King Institute of Preventive Medicine Micro-Biological Section reports 1909-11
Year: 1909
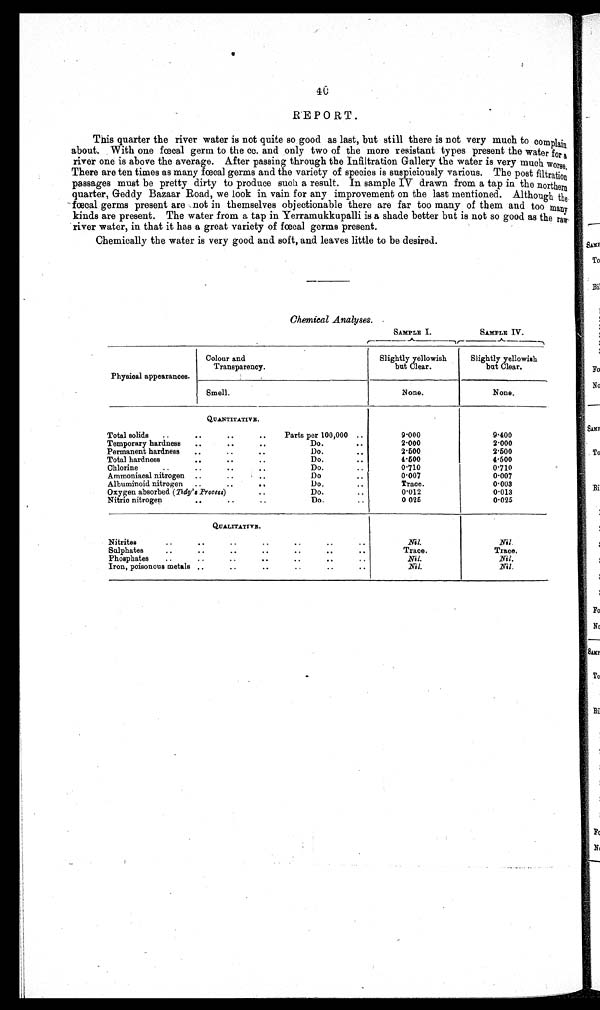
40
REPORT.
This quarter the river water is not quite so good as last, but still there is not very much to complain
about. With one fœcal germ to the cc. and only two of the more resistant types present the water for a
river one is above the average. After passing through the Infiltration Gallery the water is very much worse.
There are ten times as many fœcal germs and the variety of species is suspiciously various. The post filtration
passages must be pretty dirty to produce such a result. In sample IV drawn from a tap in the northern
quarter, Geddy Bazaar Road, we look in vain for any improvement on the last mentioned. Although the
fœcal germs present are not in themselves objectionable there are far too many of them and too many
kinds are present. The water from a tap in Yerramukkupalli is a shade better but is not so good as the raw
river water, in that it has a great variety of fœcal germs present.
Chemically the water is very good and soft, and leaves little to be desired.
Chemical Analyses.
SAMPLE I.
SAMPLE IV.
Physical appearances.
Colour and
Transparency.
Slightly yellowish
but Clear.
Slightly yellowish
but Clear.
Smell.
None.
None.
QUANTITATIVE.
Total solids ..
..
..
..
Parts per 100,000 ..
9.000
9.400
Temporary hardness ..
..
..
Do.
..
2 . 0 0 0
2.000
Permanent hardness ..
. .
..
Do.
..
2.500
2.500
Total hardness
..
.. ..
Do.
..
4.500
4.500
Chlorine
..
. . . . . .
Do.
..
0.710
0.710
Ammoniacal nitrogen ..
. .
..
D o .
..
0 . 0 0 7
0.007
..
Albuminoid nitrogen
..
Do.
.
. .. ..
Trace.
0.003
Oxygen absorbed (Tidy's Process)
Do.
..
0.012
0 . 0 1 3
Nitric nitrogen
.. .. ..
Do.
..
0 . 0 2 5
0.025
QUALITATIVE.
Nitrites
..
. .
. .
. .
. .
. .
. .
Nil.
Nil.
.
.
. .
Sulphates
.. ..
..
.. .. ..
Trace.
Trace.
Phosphates ..
..
.. .. .. .. ..
Nil.
Nil.
Iron, poisonous metals ..
..
.. .. .. ..
Nil.
N i l .